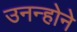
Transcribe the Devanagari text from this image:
उनन्होने